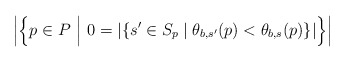
\begin{align*} \left|\left\{p\in P\,\,\Big|\,\, 0=|\{s'\in S_p\mid \theta_{b,s'}(p)<\theta_{b,s}(p)\}|\right\}\right|\end{align*}